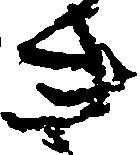
き